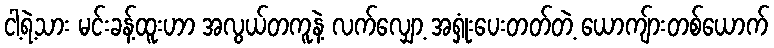
ငါ့ရဲ့သား မင်းခန့်ထူးဟာ အလွယ်တကူနဲ့ လက်လျှော့ အရှုံးပေးတတ်တဲ့ ယောကျ်ားတစ်ယောက်